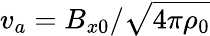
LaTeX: v_{a}=B_{x0}/\sqrt{4\pi\rho_{0}}